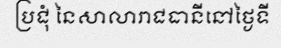
ប្រជុំ នៃសាលារាជធានីនៅថ្ងៃទី